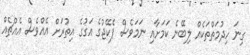
ގިނަ ހިދުމަތްތަކެއް ލިބޭނެ ކަމަށާއި ނަމަވެސް ޕެކޭޖުގެ އަގުގެ އިތުރަށް އެއްވެސް އެއްޗެއް